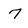
Character: 7